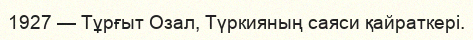
1927 — Тұрғыт Озал, Түркияның саяси қайраткері.